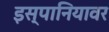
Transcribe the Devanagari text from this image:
इस्पानियावर